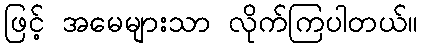
ဖြင့် အမေများသာ လိုက်ကြပါတယ်။